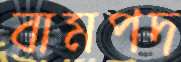
বামপদ